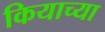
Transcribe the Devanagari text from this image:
कियाच्या